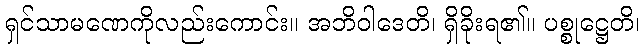
ရှင်သာမဏေကိုလည်းကောင်း။ အဘိဝါဒေတိ၊ ရှိခိုးရ၏။ ပစ္စုဋ္ဌေတိ၊